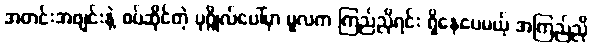
အတင်းအဖျင်းနဲ့ စပ်ဆိုင်တဲ့ ပုဂ္ဂိုလ်ပေါ်မှာ မူလက ကြည်ညိုရင်း ရှိနေပေမယ့် အကြည်ညို